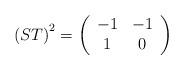
LaTeX: \begin{align*}\left( ST\right) ^{2}=\left( \begin{array}{cc}-1 & -1\\1 & 0\end{array}\right)\end{align*}